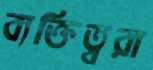
ব্যক্তিত্বরা